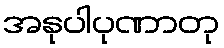
အနုပါပုဏာတု